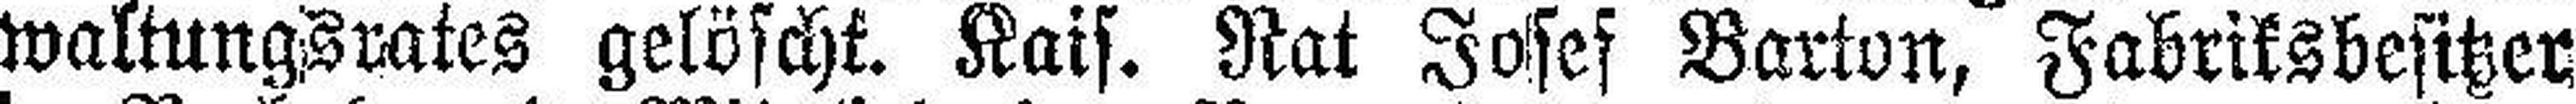
waltungsrates gelöscht. Kais. Rat Josef Barton, Fabriksbesitzer